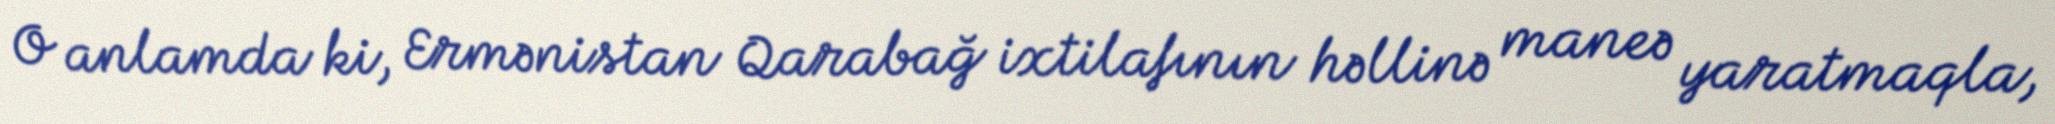
O anlamda ki, Ermənistan Qarabağ ixtilafının həllinə maneə yaratmaqla,